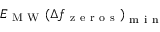
E _ { \mathrm { ~ M ~ W ~ } } { ( } \Delta f _ { \mathrm { ~ z ~ e ~ r ~ o ~ s ~ } } { ) } _ { \mathrm { ~ m ~ i ~ n ~ } }